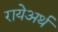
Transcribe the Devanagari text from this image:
रायेअर्थ